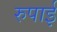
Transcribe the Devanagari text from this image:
रुपाई